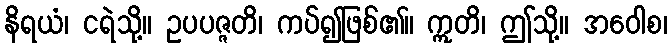
နိရယံ၊ ငရဲသို့။ ဥပပဇ္ဇတိ၊ ကပ်၍ဖြစ်၏။ ဣတိ၊ ဤသို့။ အဝေါစ၊